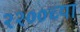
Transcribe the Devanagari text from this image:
२२००च्या